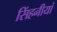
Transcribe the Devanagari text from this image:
सिंहनीयां